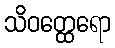
သိဝတ္ထေရော